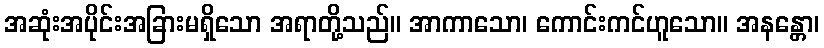
အဆုံးအပိုင်းအခြားမရှိသော အရာတို့သည်။ အာကာသော၊ ကောင်းကင်ဟူသော။ အနန္တော၊